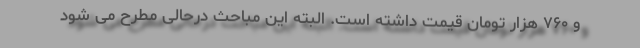
و ۷۶۰ هزار تومان قیمت داشته است. البته این مباحث درحالی مطرح می شود